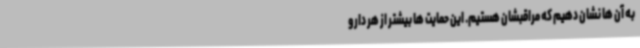
به آن ها نشان دهیم که مراقبشان هستیم. این حمایت ها بیشتر از هر دارو